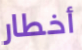
أخطار